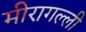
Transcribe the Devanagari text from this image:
मीरागल्ली